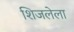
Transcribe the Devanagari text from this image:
शिजलेला